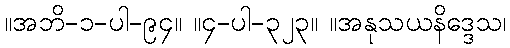
။အဘိ-၁-ပါ-၉၄။ ။၄-ပါ-၃၂၃။ ။အနုသယနိဒ္ဒေသ၊